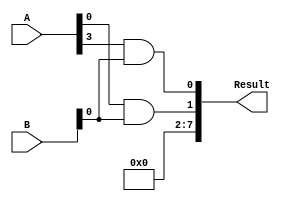
// This program was cloned from: https://github.com/Mahmoud-Abdelraouf/Computer-Organization-and-Architecture
// License: MIT License

module Multiplier_4bit (
    input wire [3:0] A, // 4-bit input A
    input wire [3:0] B, // 4-bit input B
    output reg [7:0] Result // 8-bit output (multiplication result)
);
    wire [7:0] P1, P2, P3, P4; // Partial products
    wire [7:0] S1, S2, S3, S4, S5, S6, S7; // Sum bits
    
    // Generate partial products
    assign P1 = A[0] & B;
    assign P2 = A[1] & B;
    assign P3 = A[2] & B;
    assign P4 = A[3] & B;
    
    // Generate sum bits
    assign S1 = P1[0];
    assign S2 = P1[1] ^ P2[0];
    assign S3 = P1[2] ^ P2[1] ^ P3[0];
    assign S4 = P1[3] ^ P2[2] ^ P3[1] ^ P4[0];
    assign S5 = P2[3] ^ P3[2] ^ P4[1];
    assign S6 = P3[3] ^ P4[2];
    assign S7 = P4[3];
    
    // Generate the final result
    always @(*) begin
        Result = {S7, S6, S5, S4, S3, S2, S1, P4[0]};
    end
endmodule // Multiplier_4bit